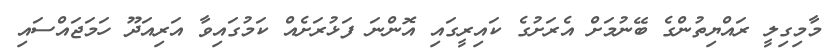
މާމިގިލީ ރައްޔިތުންގެ ބޭނުމަށް އެރަށުގެ ކައިރީގައި އޮންނަ ފަޅުރަށެއް ކަމުގައިވާ އަރިއަދޫ ހަމަޖައްސައި